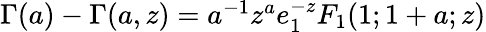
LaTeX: \begin{array}{r}{\Gamma(a)-\Gamma(a,z)=a^{-1}z^{a}e_{1}^{-z}F_{1}(1;1+a;z)}\end{array}